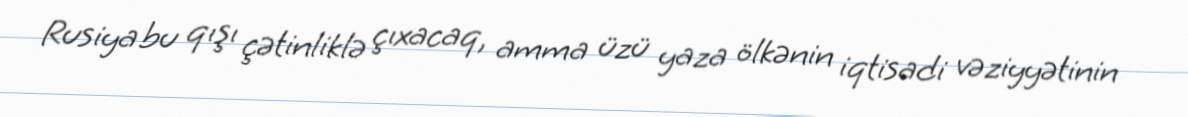
Rusiya bu qışı çətinliklə çıxacaq, amma üzü yaza ölkənin iqtisadi vəziyyətinin